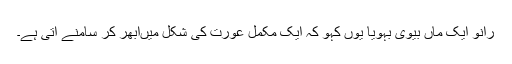
رانو ایک ماں بیوی بہویا یوں کہو کہ ایک مکمل عورت کی شکل میںابھر کر سامنے آتی ہے۔